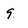
Character: 9